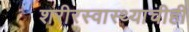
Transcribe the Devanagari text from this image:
शरीरस्वास्थ्याचीही